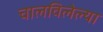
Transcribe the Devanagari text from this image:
चालविलेल्‍या